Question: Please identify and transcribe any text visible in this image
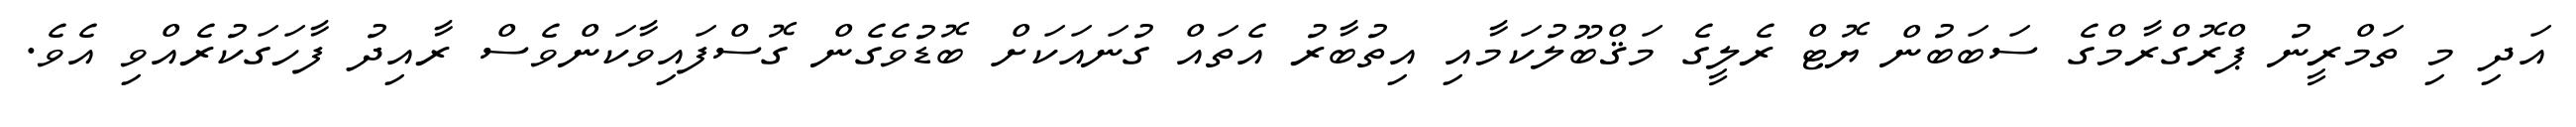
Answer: އަދި މި ތަމްރީނު ޕްރޮގްރާމްގެ ސަބަބުން ޔޮޓް ރެލީގެ މަޤްބޫލުކަމާއި އިތުބާރު އެތައް ގުނައަކަށް ބޮޑުވެގެން ގޮސްފައިވާކަންވެސް ރާއިދު ފާހަގަކުރެއްވި އެވެ.